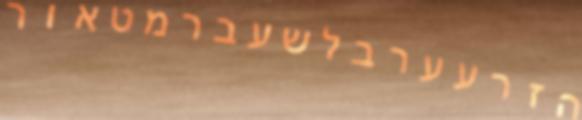
הזרעערבלשעברמטאור